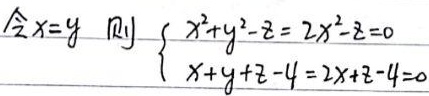
令\(x = y\)，则\(\begin{cases}x^{2}+y^{2}-z = 2x^{2}-z = 0\\x + y+z - 4 = 2x+z - 4 = 0\end{cases}\)